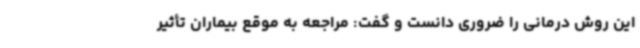
این روش درمانی را ضروری دانست و گفت: مراجعه به موقع بیماران تأثیر